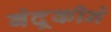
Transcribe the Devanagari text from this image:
बंदूकीने